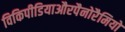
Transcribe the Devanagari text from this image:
विकिपीडियाऔरपैनोरैमियो